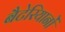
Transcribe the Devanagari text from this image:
बैटेरियानों